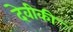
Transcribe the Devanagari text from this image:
देवीकी